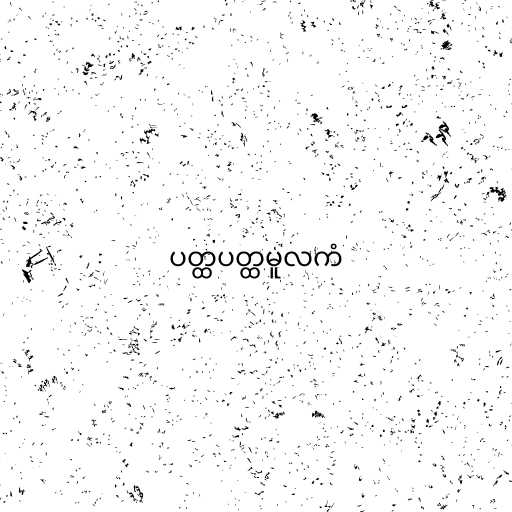
ပတ္ထပတ္ထမူလကံ